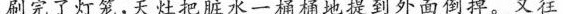
刷完了灯笼，天灶把脏水一桶桶地提到外面倒掉。又往